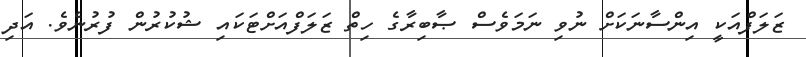
ޒަލަފްއަކީ އިންސާނަކަށް ނުވި ނަމަވެސް ޞާބިރާގެ ހިތް ޒަލަފްއަށްޓަކައި ޝުކުރުން ފުރުނެވެ. އަދި